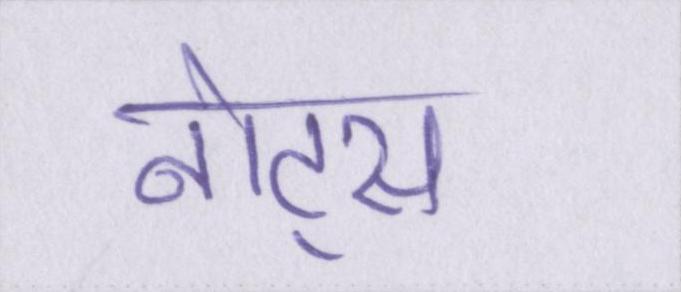
नोट्स